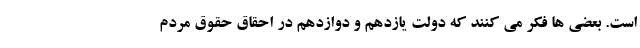
است. بعضی ها فکر می کنند که دولت یازدهم و دوازدهم در احقاق حقوق مردم